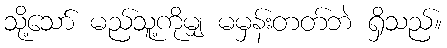
သို့သော် မည်သူ့ကိုမျှ မမှန်းတတ်ဘဲ ရှိသည်။